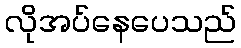
လိုအပ်နေပေသည်